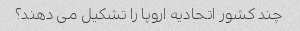
چند کشور اتحادیه اروپا را تشکیل می دهند؟